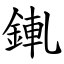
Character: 錷